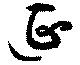
延